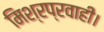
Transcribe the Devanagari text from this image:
मिश्रप्रवाही।